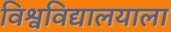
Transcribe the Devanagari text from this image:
विश्वविद्यालयाला